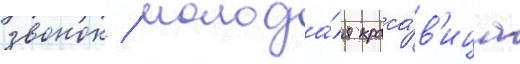
звонок / молода́я краса́в'ица